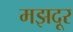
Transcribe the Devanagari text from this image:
मझदूर